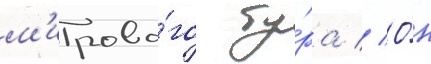
м'ирово́го ту́ра // О́н